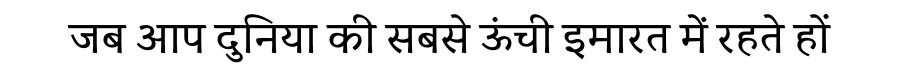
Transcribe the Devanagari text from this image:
जब आप दुनिया की सबसे ऊंची इमारत में रहते हों